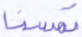
تمسنا